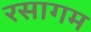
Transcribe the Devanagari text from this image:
रसागम